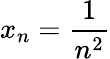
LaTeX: x_{n}={\frac{1}{n^{2}}}